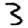
Digit: 3